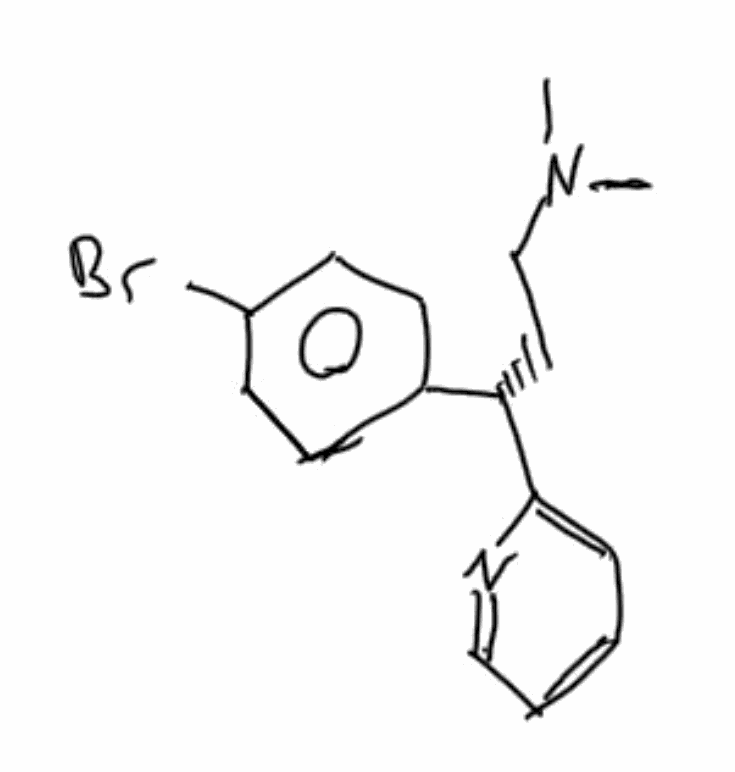
Simplified molecular-input line-entry system (SMILES) notation of the given molecule:
CN(C)CC[C@@H](C1=CC=C(C=C1)Br)C2=CC=CC=N2